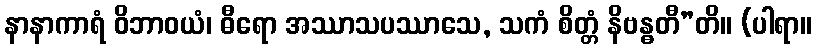
နာနာကာရံ ဝိဘာဝယံ၊ ဓီရော အဿာသပဿာသေ, သကံ စိတ္တံ နိဗန္ဓတီ”တိ။ (ပါရာ။